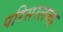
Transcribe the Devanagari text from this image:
परिसरलब्द्ध